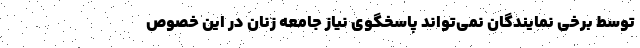
توسط برخی نمایندگان نمی‌تواند پاسخگوی نیاز جامعه زنان در این خصوص